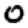
Digit: 0